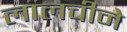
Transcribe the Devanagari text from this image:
लालचीने